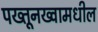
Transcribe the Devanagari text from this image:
पख्तूनख्वामधील